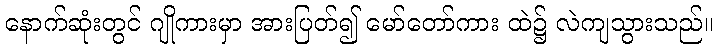
နောက်ဆုံးတွင် ဂျိုကားမှာ အားပြတ်၍ မော်တော်ကား ထဲ၌ လဲကျသွားသည်။